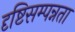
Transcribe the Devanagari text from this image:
दृष्टिसम्पन्नता